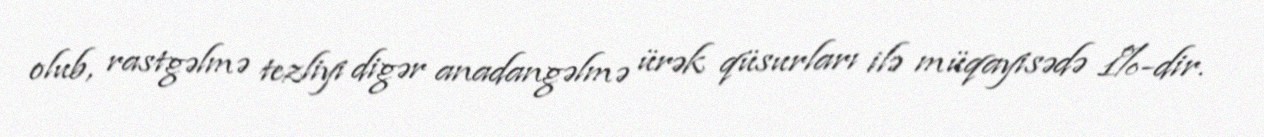
olub, rastgəlmə tezliyi digər anadangəlmə ürək qüsurları ilə müqayisədə 1%-dir.